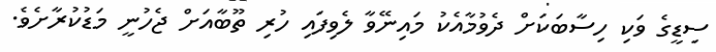
ސިޑީގެ ވަކި ހިސާބަކަށް ދެވުމާއެކު މައިނޭވާ ލެވިފައި ހުރި ތޫބާއަށް ޖެހުނީ މަޑުކުރާށެވެ.